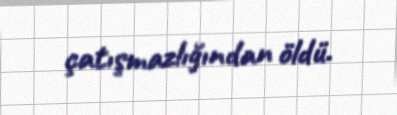
çatışmazlığından öldü.